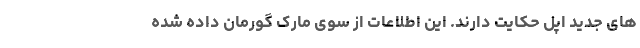
های جدید اپل حکایت دارند. این اطلاعات از سوی مارک گورمان داده شده